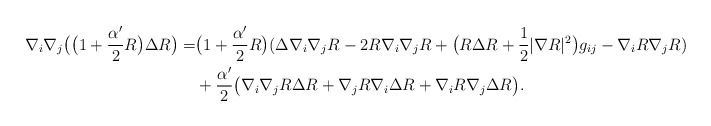
\begin{align*}\nabla_i\nabla_j\big(\big(1+\frac{\alpha'}{2}R\big)\Delta R\big)=&\big(1+\frac{\alpha'}{2}R\big)(\Delta\nabla_i\nabla_jR-2R\nabla_i\nabla_jR+\big(R\Delta R+\frac{1}{2}|\nabla R|^2\big)g_{ij}-\nabla_iR\nabla_jR)\\&+\frac{\alpha'}{2}\big(\nabla_i\nabla_jR\Delta R+\nabla_jR\nabla_i\Delta R+\nabla_iR\nabla_j\Delta R\big).\end{align*}